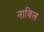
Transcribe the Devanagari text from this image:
नाविल